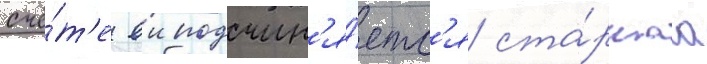
счё́т'е еи подчин'я́етс'я ста́ршаа